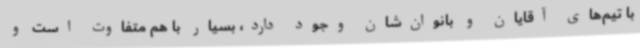
با تیم‌های آقایان و بانوان‌شان وجود دارد، بسیار با هم متفاوت است و